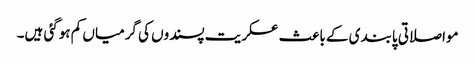
مواصلاتی پابندی کے باعث عسکریت پسندوں کی گرمیاں کم ہوگئی ہیں۔